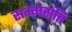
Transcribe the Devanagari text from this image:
सम्मसति